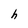
Character: h